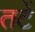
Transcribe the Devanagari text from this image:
तटें